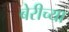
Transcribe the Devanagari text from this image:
बेरीच्या